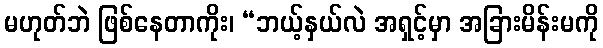
မဟုတ်ဘဲ ဖြစ်နေတာကိုး၊ “ဘယ့်နှယ်လဲ အရှင့်မှာ အခြားမိန်းမကို